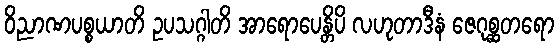
ဝိညာဏပစ္စယာတိ ဥပသဂ္ဂါတိ အာရောပေန္တိပိ လဟုတာဒီနံ ဇေဂုစ္ဆတရော